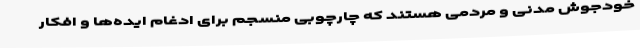
خودجوش مدنی و مردمی هستند که چارچوبی منسجم برای ادغام ایده‌ها و افکار